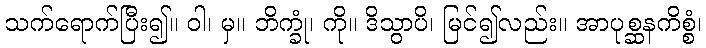
သက်ရောက်ပြီး၍။ ဝါ၊ မှ။ ဘိက္ခုံ၊ ကို။ ဒိသွာပိ၊ မြင်၍လည်း။ အာပုစ္ဆနကိစ္စံ၊